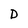
Character: D